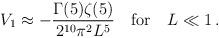
LaTeX: \begin{align*}V_1\approx-\frac{\Gamma(5)\zeta(5)}{2^{10}\pi^2L^5}\quad\mbox{for}\quad L\ll1\,.\end{align*}